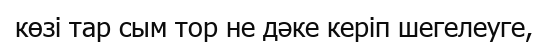
көзі тар сым тор не дәке керіп шегелеуге,